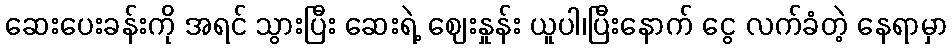
ဆေးပေးခန်းကို အရင် သွားပြီး ဆေးရဲ့ ဈေးနှုန်း ယူပါ၊ပြီးနောက် ငွေ လက်ခံတဲ့ နေရာမှာ